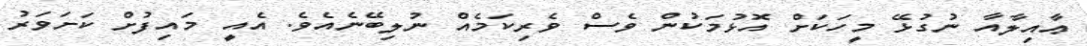
ޢާއިލާއާ ނުގުޅޭ މީހަކަށް އޮޅުމަކުން ވެސް ވެރިކަމެއް ނުލިބޭނެއެވެ. އެއީ މައިފުށް ކަށަވަރު